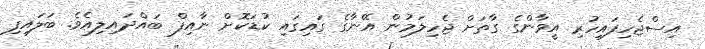
އިސްޖެހިފައިހުރި އީވާންގެ ގާތަށް ޖެހިލަމުން އޭނާގެ ގައިގައި ކުޑަކޮށް ނާއިފް ބައްދައިލިއެވެ. ބަލައިފި